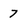
Character: 7